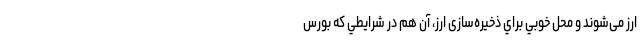
ارز می‌شوند و محل خوبي براي ذخيره‌سازی ارز، آن هم در شرايطي كه بورس